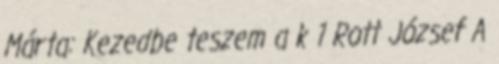
Márta: Kezedbe teszem a k 1 Rott József A